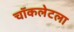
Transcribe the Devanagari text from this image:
चॉकलेटला